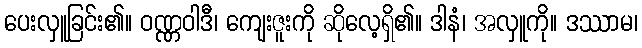
ပေးလှူခြင်း၏။ ဝဏ္ဏဝါဒီ၊ ကျေးဇူးကို ဆိုလေ့ရှိ၏။ ဒါနံ၊ အလှူကို။ ဒဿာမ၊